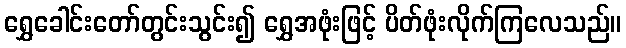
ရွှေခေါင်းတော်တွင်းသွင်း၍ ရွှေအဖုံးဖြင့် ပိတ်ဖုံးလိုက်ကြလေသည်။